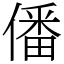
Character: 僠